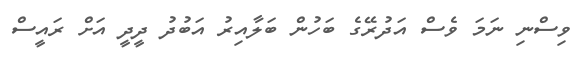
ވިސްނި ނަމަ ވެސް އަދުރޭގެ ބަހުން ބަލާއިރު އަބުދު ދީދީ އަށް ރައީސް